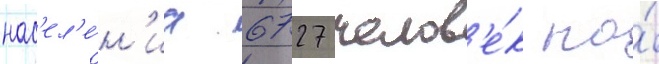
нас'ел'е́н'иа 6727 челов'е́к на́